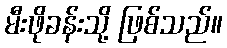
မီးဖိုခန်းသို့ ဖြစ်သည်။